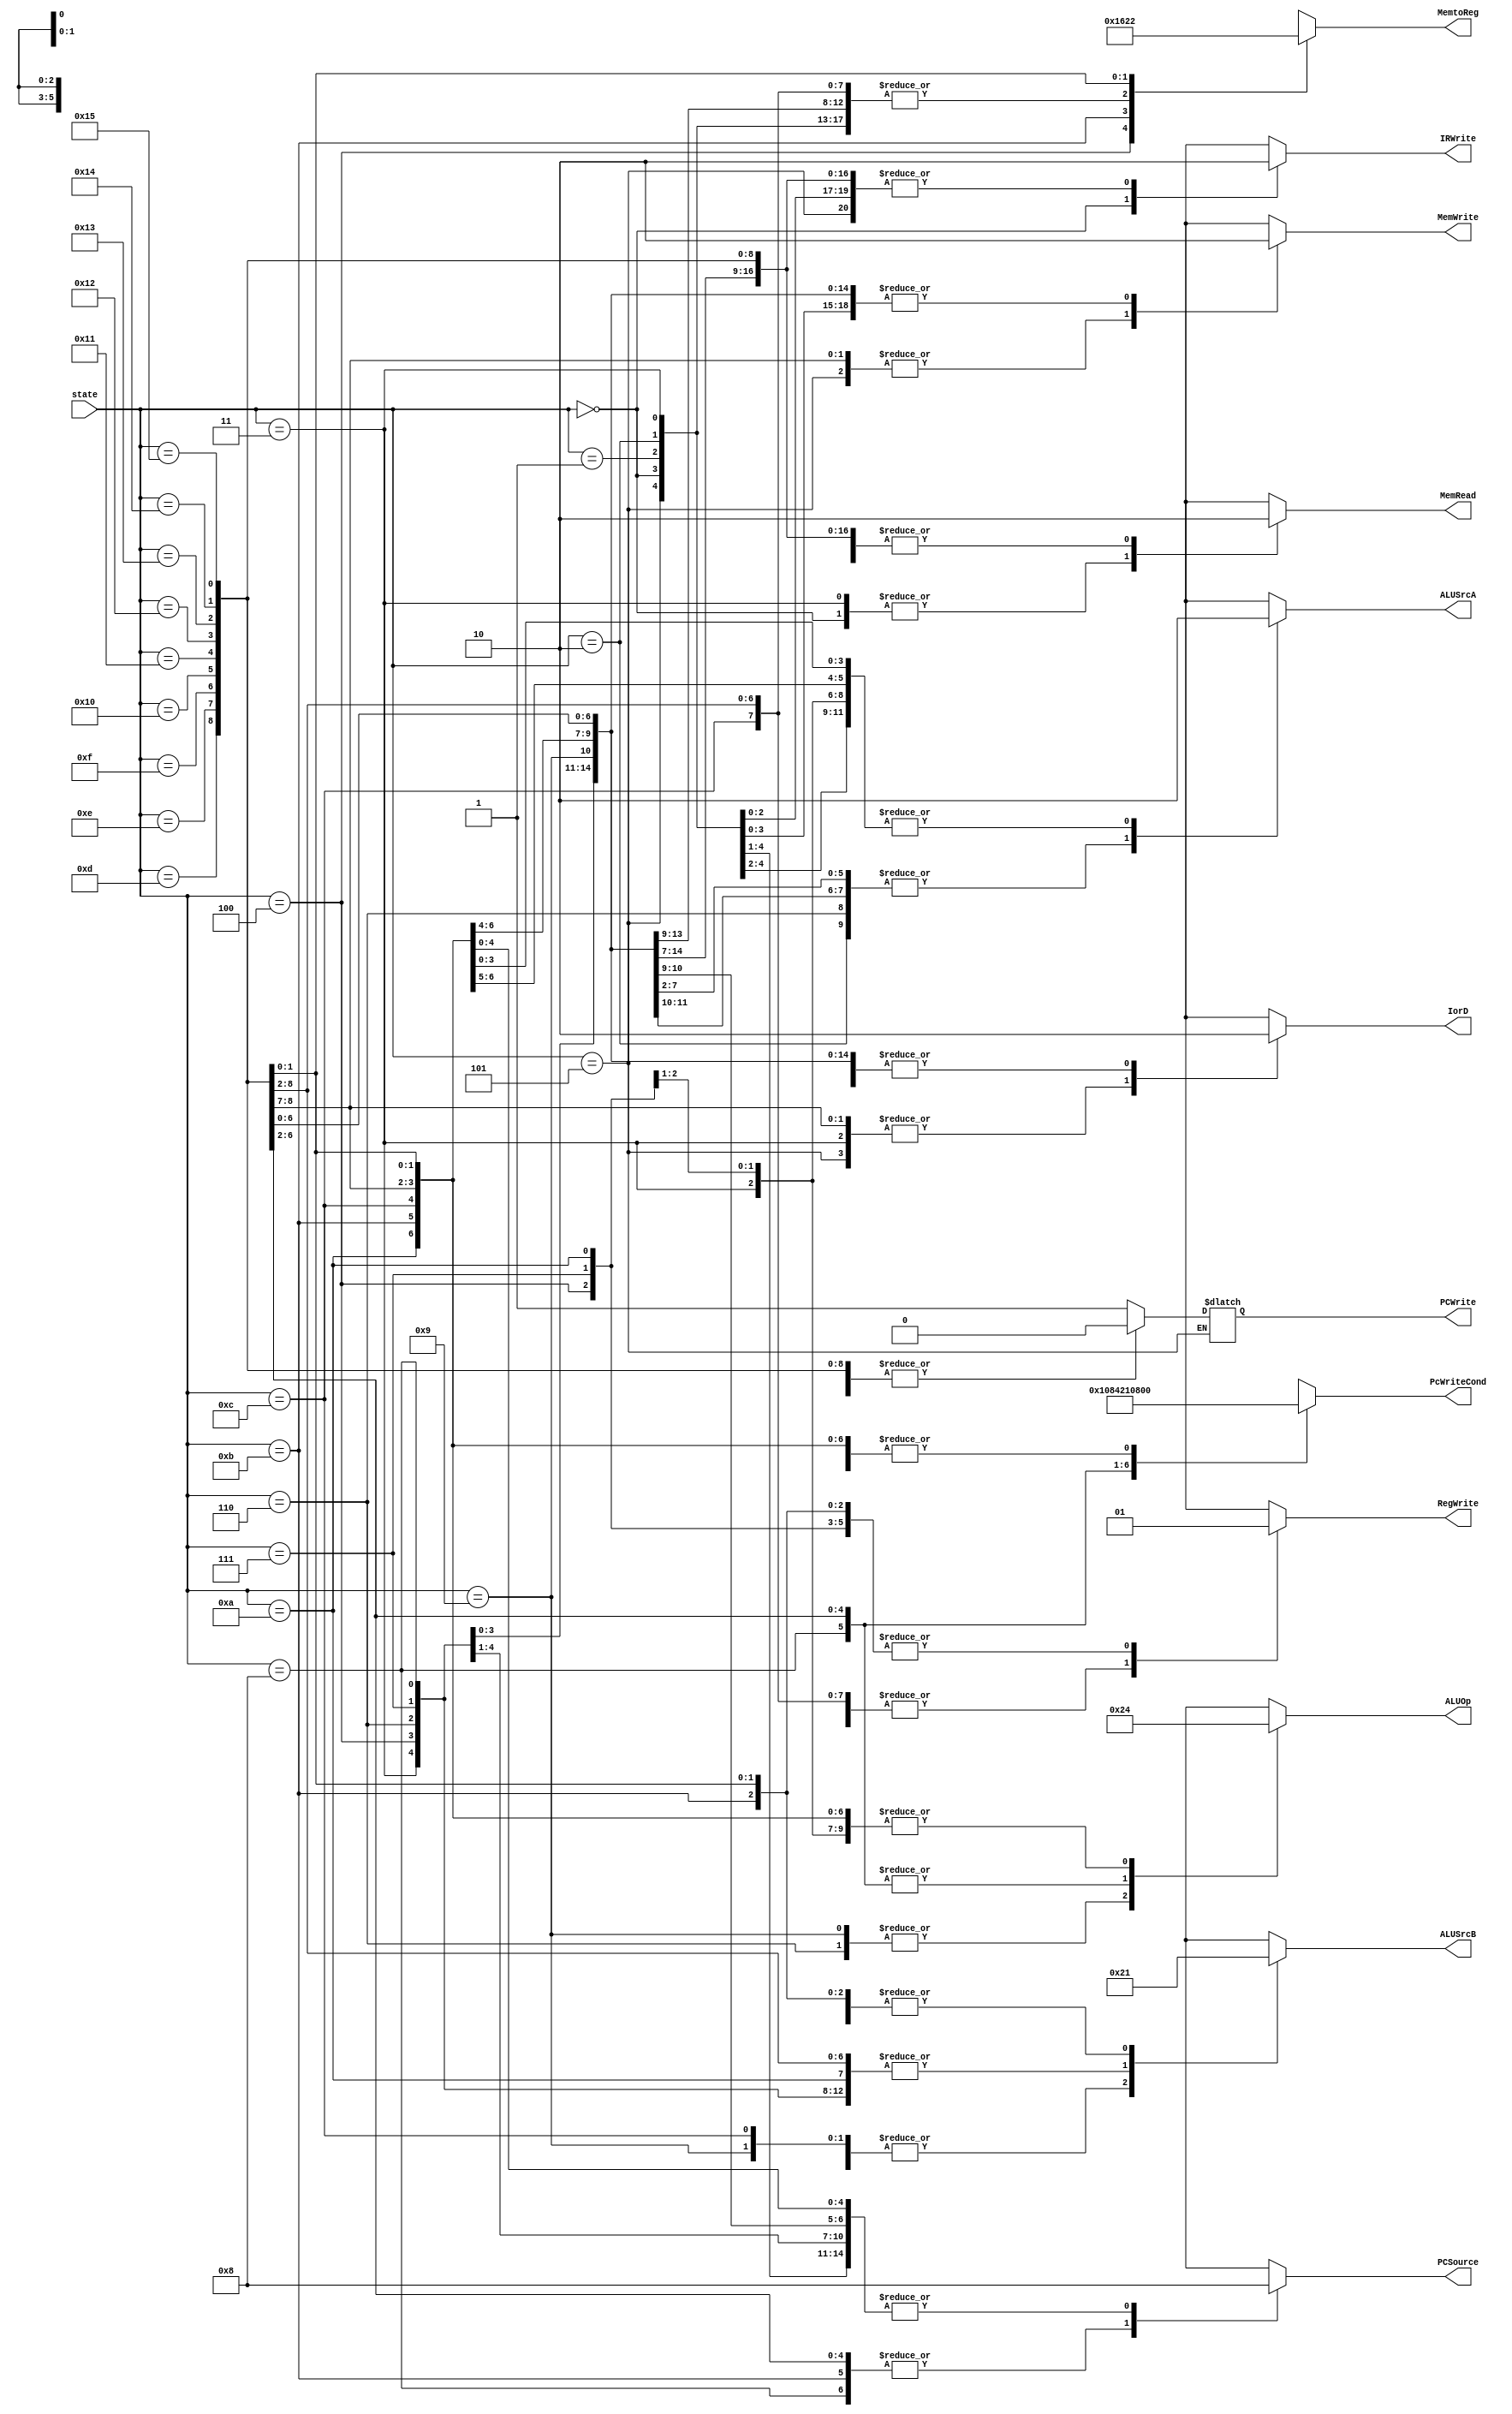
module controller(
input [4:0]state,
output reg RegWrite,ALUSrcA,MemRead,MemWrite,IorD,IRWrite,PCWrite,
output reg[1:0] ALUOp, ALUSrcB, PCSource,
output reg[2:0] MemtoReg,
output reg[5:0] PcWriteCond );

	
	always@(*)
	begin
		case(state)
		5'd0	: begin
					PCWrite = 1'b1;
					PcWriteCond = 6'b000000;
					IorD = 1'b0;
					MemRead = 1'b1;
					MemWrite = 1'b0;
					IRWrite = 1'b1;
					MemtoReg = 3'b000;
					ALUSrcA = 1'b0;
					RegWrite = 1'b0; 
					ALUOp = 2'b00;
					ALUSrcB = 2'b01;
					PCSource = 2'b00;
					end
				
		5'd1	: begin
					PCWrite = 1'b0;
					PcWriteCond = 6'b000000;
					IorD = 1'b0;
					MemRead = 1'b0;
					MemWrite = 1'b0;
					IRWrite = 1'b0;
					MemtoReg = 3'b000;
					ALUSrcA = 1'b0;	
					RegWrite = 1'b0;  
					ALUOp = 2'b00;
					ALUSrcB = 2'b10;  
					PCSource = 2'b00;
					end
				
		5'd2	: begin
					PCWrite = 1'b0;
					PcWriteCond = 6'b000000;
					IorD = 1'b0;
					MemRead = 1'b0;
					MemWrite = 1'b0;
					IRWrite = 1'b0;
					MemtoReg = 3'b000;
					ALUSrcA = 1'b1;
					RegWrite = 1'b0;//0
					ALUOp = 2'b00;
					ALUSrcB = 2'b10;
					PCSource = 2'b00;
					end
				
		5'd3	: begin
					PCWrite = 1'b0;
					PcWriteCond = 6'b000000;
					IorD = 1'b1;
					MemRead = 1'b1;
					MemWrite = 1'b0;
					IRWrite = 1'b0;
					MemtoReg = 3'b000;
					ALUSrcA = 1'b0;
					RegWrite = 1'b0;
					ALUOp = 2'b00;
					ALUSrcB = 2'b00;
					PCSource = 2'b00;
					end
					
				
		5'd4	: begin                      //load
					PCWrite = 1'b0;
					PcWriteCond = 6'b000000;
					IorD = 1'b0;
					MemRead = 1'b0;
					MemWrite = 1'b0;
					IRWrite = 1'b0;
					MemtoReg = 3'b001;
					ALUSrcA = 1'b0;
					RegWrite = 1'b1;
					ALUOp = 2'b00;
					ALUSrcB = 2'b00;
					PCSource = 2'b00;
					end
					
		5'd5	: begin                          //store
					PcWriteCond = 6'b000000;
					IorD = 1'b1;
					MemRead = 1'b0;
					MemWrite = 1'b1;
					IRWrite = 1'b0;
					MemtoReg = 3'b000;
					ALUSrcA = 1'b0;
					RegWrite = 1'b0;
					ALUOp = 2'b00;
					ALUSrcB = 2'b00;
					PCSource = 2'b00;
					end
				
		5'd6	: begin									//R-type
					PCWrite = 1'b0;
					PcWriteCond = 6'b000000;
					IorD = 1'b0;
					MemRead = 1'b0;
					MemWrite = 1'b0;
					IRWrite = 1'b0;
					MemtoReg = 3'b000;
					ALUSrcA = 1'b1;
					RegWrite = 1'b0;
					ALUOp = 2'b10;
					ALUSrcB = 2'b00;
					PCSource = 2'b00;
					end
				
		5'd7	: begin 
					PCWrite = 1'b0;
					PcWriteCond = 6'b000000;
					IorD = 1'b0;
					MemRead = 1'b0;
					MemWrite = 1'b0;
					IRWrite = 1'b0;
					MemtoReg = 3'b000;
					ALUSrcA = 1'b0;
					RegWrite = 1'b1;
					ALUOp = 2'b00;
					ALUSrcB = 2'b00;
					PCSource = 2'b00;
					end
			
		5'd8	: begin 							//BEQ
					PCWrite = 1'b0;
					PcWriteCond = 6'b000001;
					IorD = 1'b0;
					MemRead = 1'b0;
					MemWrite = 1'b0;
					IRWrite = 1'b0;
					MemtoReg = 3'b000;
					ALUSrcA = 1'b1;
					RegWrite = 1'b0;
					ALUOp = 2'b01;
					ALUSrcB = 2'b00;
					PCSource = 2'b10; 
					end
				
		5'd9	: begin                             //immediate
					PCWrite = 1'b0;
					PcWriteCond = 6'b000000;
					IorD = 1'b0;
					MemRead = 1'b0;
					MemWrite = 1'b0;
					IRWrite = 1'b0;
					MemtoReg = 3'b000;
					ALUSrcA = 1'b1;
					RegWrite = 1'b0;
					ALUOp = 2'b10;
					ALUSrcB = 2'b10;
					PCSource = 2'b00;
					end
					
		5'd10	: begin
					PCWrite = 1'b0;
					PcWriteCond = 6'b000000;
					IorD = 1'b0;
					MemRead = 1'b0;
					MemWrite = 1'b0;
					IRWrite = 1'b0;
					MemtoReg = 3'b000;
					ALUSrcA = 1'b0;
					RegWrite = 1'b1;
					ALUOp = 2'b00;
					ALUSrcB = 2'b00;
					PCSource = 2'b00;
					end
					
		5'd11	: begin								//JAL pc=pc+imm , rd = pc +4
					PCWrite = 1'b1;
					PcWriteCond = 6'b000000;
					IorD = 1'b0;
					MemRead = 1'b0;
					MemWrite = 1'b0;
					IRWrite = 1'b0;
					MemtoReg = 3'b011;
					ALUSrcA = 1'b0;
					RegWrite = 1'b1;
					ALUOp = 2'b00;
					ALUSrcB = 2'b01;   
					PCSource = 2'b10;		
					end
					
		5'd12	: begin								//JALr pc=rs1+imm
					PCWrite = 1'b1;
					PcWriteCond = 6'b000000;
					IorD = 1'b0;
					MemRead = 1'b0;
					MemWrite = 1'b0;
					IRWrite = 1'b0;
					MemtoReg = 3'b000;
					ALUSrcA = 1'b1;
					RegWrite = 1'b0;
					ALUOp = 2'b00;
					ALUSrcB = 2'b10;   
					PCSource = 2'b00;  
					end
		
		5'd13	: begin                             //SB
					PCWrite = 1'b0;
					PcWriteCond = 6'b000000;
					IorD = 1'b1;
					MemRead = 1'b0;
					MemWrite = 1'b1;
					IRWrite = 1'b0;
					MemtoReg = 3'b000;
					ALUSrcA = 1'b0;
					RegWrite = 1'b0;
					ALUOp = 2'b00;
					ALUSrcB = 2'b00;
					PCSource = 2'b00;
					end
					
		5'd14 : begin                            //SH
					PCWrite = 1'b0;
					PcWriteCond = 6'b000000;
					IorD = 1'b1;
					MemRead = 1'b0;
					MemWrite = 1'b1;
					IRWrite = 1'b0;
					MemtoReg = 3'b000;
					ALUSrcA = 1'b0;
					RegWrite = 1'b0;
					ALUOp = 2'b00;
					ALUSrcB = 2'b00;
					PCSource = 2'b00;
					end
					
		5'd15	: begin 							//BNE
					PCWrite = 1'b0;
					PcWriteCond = 6'b000010;
					IorD = 1'b0;
					MemRead = 1'b0;
					MemWrite = 1'b0;
					IRWrite = 1'b0;
					MemtoReg = 3'b000;
					ALUSrcA = 1'b1;
					RegWrite = 1'b0;
					ALUOp = 2'b01;
					ALUSrcB = 2'b00;
					PCSource = 2'b10; 
					end
					
		5'd16	: begin 							//BLT
					PCWrite = 1'b0;
					PcWriteCond = 6'b000100;
					IorD = 1'b0;
					MemRead = 1'b0;
					MemWrite = 1'b0;
					IRWrite = 1'b0;
					MemtoReg = 3'b000;
					ALUSrcA = 1'b1;
					RegWrite = 1'b0;
					ALUOp = 2'b01;
					ALUSrcB = 2'b00;
					PCSource = 2'b10; 
					end
					
		5'd17	: begin 							//BGE
					PCWrite = 1'b0;
					PcWriteCond = 6'b001000;
					IorD = 1'b0;
					MemRead = 1'b0;
					MemWrite = 1'b0;
					IRWrite = 1'b0;
					MemtoReg = 3'b000;
					ALUSrcA = 1'b1;
					RegWrite = 1'b0;
					ALUOp = 2'b01;
					ALUSrcB = 2'b00;
					PCSource = 2'b10;
					end
					
		5'd18	: begin 							//BLTU
					PCWrite = 1'b0;
					PcWriteCond = 6'b010000;
					IorD = 1'b0;
					MemRead = 1'b0;
					MemWrite = 1'b0;
					IRWrite = 1'b0;
					MemtoReg = 3'b000;
					ALUSrcA = 1'b1;
					RegWrite = 1'b0;
					ALUOp = 2'b01;
					ALUSrcB = 2'b00;
					PCSource = 2'b10; 
					end
					
		5'd19	: begin 							//BGEU
					PCWrite = 1'b0;
					PcWriteCond = 6'b100000;
					IorD = 1'b0;
					MemRead = 1'b0;
					MemWrite = 1'b0;
					IRWrite = 1'b0;
					MemtoReg = 3'b000;
					ALUSrcA = 1'b1;
					RegWrite = 1'b0;
					ALUOp = 2'b01;
					ALUSrcB = 2'b00;
					PCSource = 2'b10; 
					end
					
		5'd20	: begin 							//AUIPC
					PCWrite = 1'b0;
					PcWriteCond = 6'b000000;
					IorD = 1'b0;
					MemRead = 1'b0;
					MemWrite = 1'b0;
					IRWrite = 1'b0;
					MemtoReg = 3'b100;
					ALUSrcA = 1'b0;
					RegWrite = 1'b1;
					ALUOp = 2'b00;
					ALUSrcB = 2'b01;
					PCSource = 2'b00;
					end
					
					
		5'd21	: begin 							//LUI
					PCWrite = 1'b0;
					PcWriteCond = 6'b000000;
					IorD = 1'b0;
					MemRead = 1'b0;
					MemWrite = 1'b0;
					IRWrite = 1'b0;
					MemtoReg = 3'b010;
					ALUSrcA = 1'b0;
					RegWrite = 1'b1;
					ALUOp = 2'b00;
					ALUSrcB = 2'b01;
					PCSource = 2'b00;
					end
					

		default: begin
					RegWrite=1'bx;ALUSrcA=1'bx;MemRead=1'bx;MemWrite=1'bx;MemtoReg=3'bxxx;IorD=1'bx;IRWrite=1'bx;PCWrite=1'bx;PcWriteCond=6'bx;
					ALUOp=2'bxx;ALUSrcB=2'bxx;PCSource=2'bxx;
					end
		
		endcase

	end
		
endmodule